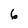
Character: 6